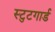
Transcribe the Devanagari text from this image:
स्टुटगार्ड